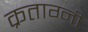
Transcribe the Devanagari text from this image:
क्रताग्नी